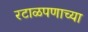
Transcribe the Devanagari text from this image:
रटाळपणाच्या